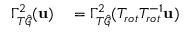
\begin{array} { r l } { \Gamma _ { T \hat { \mathcal { G } } } ^ { 2 } ( \mathbf { u } ) } & { { } = \Gamma _ { T \hat { \mathcal { G } } } ^ { 2 } ( T _ { r o t } T _ { r o t } ^ { - 1 } \mathbf { u } ) } \end{array}